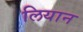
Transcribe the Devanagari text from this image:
लियान